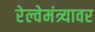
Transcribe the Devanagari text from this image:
रेल्वेमंत्र्यावर